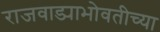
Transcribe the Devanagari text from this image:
राजवाड्याभोवतीच्या